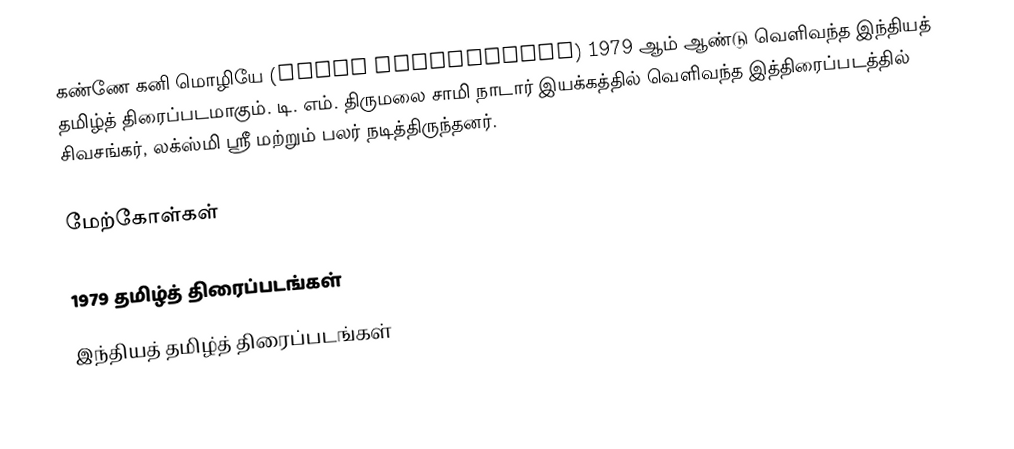
கண்ணே கனி மொழியே (Kanne Kanimozhiye) 1979 ஆம் ஆண்டு வெளிவந்த இந்தியத் தமிழ்த் திரைப்படமாகும். டி. எம். திருமலை சாமி நாடார் இயக்கத்தில் வெளிவந்த இத்திரைப்படத்தில் சிவசங்கர், லக்ஸ்மி ஸ்ரீ மற்றும் பலர் நடித்திருந்தனர்.

மேற்கோள்கள்

1979 தமிழ்த் திரைப்படங்கள்
இந்தியத் தமிழ்த் திரைப்படங்கள்